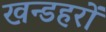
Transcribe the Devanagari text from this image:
खन्डहरों